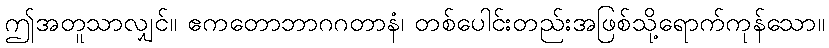
ဤအတူသာလျှင်။ ဧကတောဘာဂဂတာနံ၊ တစ်ပေါင်းတည်းအဖြစ်သို့ရောက်ကုန်သော။